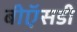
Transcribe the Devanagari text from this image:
बीऍसडी